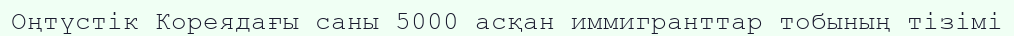
Оңтүстік Кореядағы саны 5000 асқан иммигранттар тобының тізімі